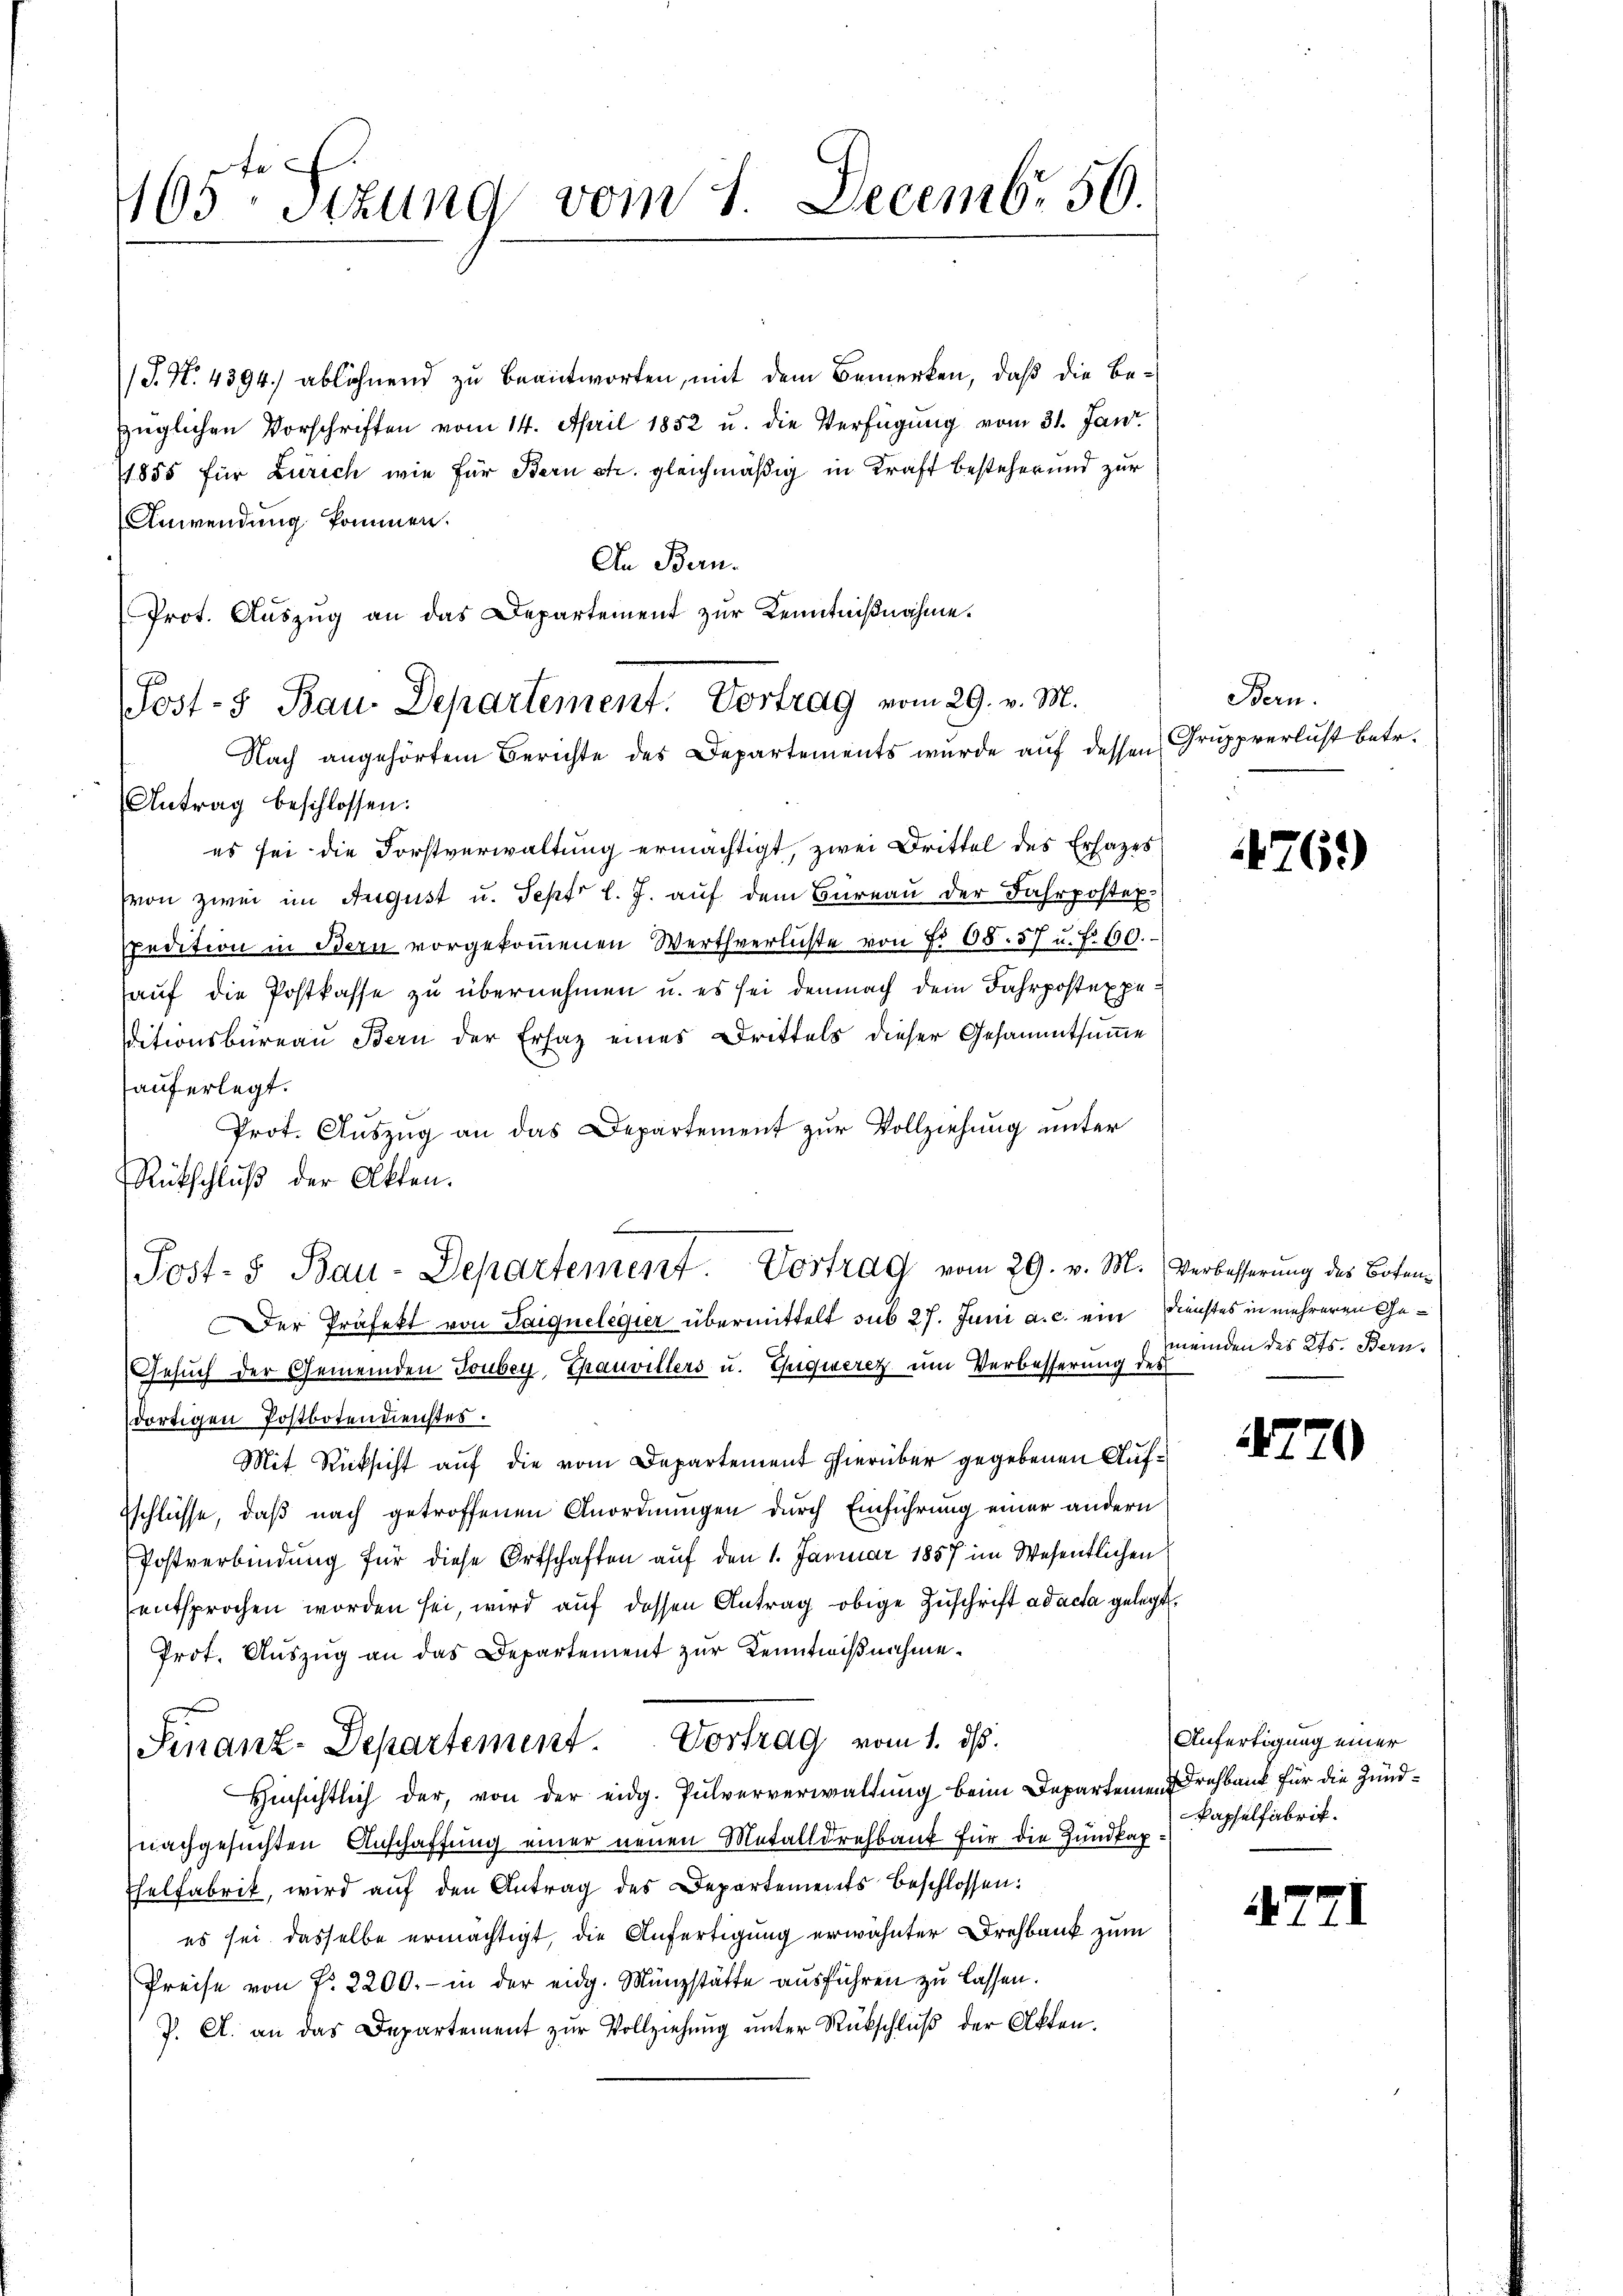
165ten Sizung vom 7. Decembr. 50.

/J. N. 4394. ablöhnend zu beantworten, mit dem Bemerken, daß die Bezüglichen Vorschriften vom 14. April 1852 u. die Verfügung vom 31. Jani
11855 für Zürich wie für Bern etc. gleichmäßig in Kraft besteher und zur
Anwendung kommen.
In Bern.
Antrag beschlossen:
es sei die Forstverwaltung ermächtigt, zwei Drittel des Erhazes
(von zwei im August u. Sept. l. J. auf dem Büreau der Fahrpostex
spedition in Bern vorgekoṁenen Werthverlüste von Nr. 68. 57 u. f. 130.
auf die Postkasse zu übernehmen u. es sei demnach dem Fahrpostexpeditionsbüreau Bern der Ersatz eines Drittels dieser Gesammtsumme
auferlegt.
Prot. Auszug an das Departement zur Vollziehung unter
Rütschluß der Akten.
Post- & Bau-Departement. Vortrag vom 29. v. M. Verbesserung des Boten¬
Der Präfekt von Saiquelegier übermittelt sub 27. Juni a. c. ein Dienstes in mehreren Ge¬
Gesuch der Gemeinden Tonbey Thauvillers u. Guiquerez um Verbesserung des
dortigen Postbotendienstes.
Mit Rücksicht auf die vom Departement hierüber gegebenen Auf¬
Zschlüsse, daß nach getroffenen Anordnungen durch Einführung einer andern
Postverbindung für diese Ortschaften auf den 1. Januar 1857 im Wesentlichen
entsprochen worden sei, wird auf dessen Antrag obige Zuschrift ad acta gelegt.
Prot. Aŭszŭg an das Departement zŭr Kenntnißnahme¬
Sinanz-Departement. Vortrag vom 1. ds.
Hinsichtlich der, von der eidg. Pulververwaltung beim Departemen rehbank für die Zundnachgesuchten Anschaffung einer neuen Metalldrehbank für die Zundkap
Ehelfabrik, wird aŭf den Antrag des Departements beschlossen:
es sei dasselbe ermächtigt, die Anfertigung erwähnter Drehbank zum
Preise von P. 2200.- in der eidg. Münzstätte ausführen zu lassen.
J. A. an das Departement zŭr Vollziehŭng ŭnter Rückschlŭβ der Akten.

Prot. Aŭszŭg an das Departement zur Kenntnißnahme.
Post- u Bau. Departement. Vortrag vom 29. v. M.
Nach angehörtem Berichte des Departements wurde auf dessen

Bern.
Gruppverlust betr.

761)

meinden des Kts. Bern.

770

Anfertigung einer
Kapselfabrik.

47

I